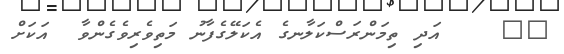
٥٧    އަދި ތިމަންރަސްކަލާނގެ އެކަލޭގެފާނު މަތިވެރިވެގެންވާ  އަކަށް